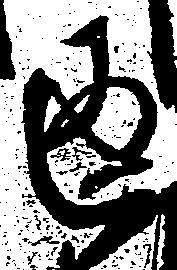
返